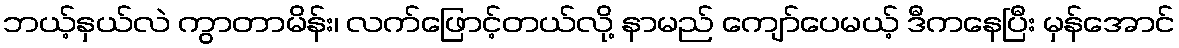
ဘယ့်နှယ်လဲ ကွာတာမိန်း၊ လက်ဖြောင့်တယ်လို့ နာမည် ကျော်ပေမယ့် ဒီကနေပြီး မှန်အောင်